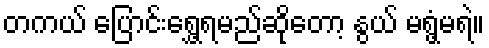
တကယ် ပြောင်းရွှေ့ရမည်ဆိုတော့ နွယ် မရွံ့မရဲ။